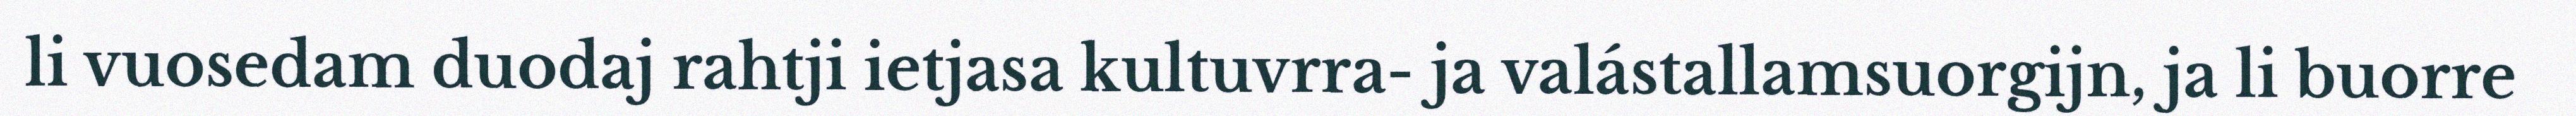
li vuosedam duodaj rahtji ietjasa kultuvrra- ja valástallamsuorgijn, ja li buorre